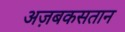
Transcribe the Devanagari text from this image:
अज़बकसतान